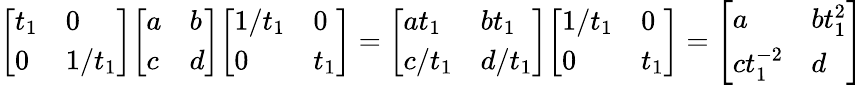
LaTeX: {\left[\begin{array}{ll}{t_{1}}&{0}\\ {0}&{1/t_{1}}\end{array}\right]}{\left[\begin{array}{ll}{a}&{b}\\ {c}&{d}\end{array}\right]}{\left[\begin{array}{ll}{1/t_{1}}&{0}\\ {0}&{t_{1}}\end{array}\right]}={\left[\begin{array}{ll}{at_{1}}&{bt_{1}}\\ {c/t_{1}}&{d/t_{1}}\end{array}\right]}{\left[\begin{array}{ll}{1/t_{1}}&{0}\\ {0}&{t_{1}}\end{array}\right]}={\left[\begin{array}{ll}{a}&{bt_{1}^{2}}\\ {ct_{1}^{-2}}&{d}\end{array}\right]}